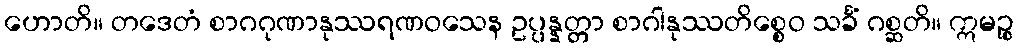
ဟောတိ။ တဒေတံ စာဂဂုဏာနုဿရဏဝသေန ဥပ္ပန္နတ္တာ စာဂါနုဿတိစ္စေဝ သင်္ခံ ဂစ္ဆတိ။ ဣမဉ္စ